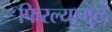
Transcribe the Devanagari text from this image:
फिरल्यामुळे